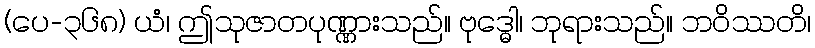
(ပေ-၃၆၈) ယံ၊ ဤသုဇာတပုဏ္ဏားသည်။ ဗုဒ္ဓေါ၊ ဘုရားသည်။ ဘဝိဿတိ၊